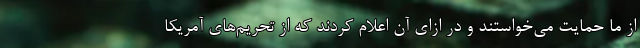
از ما حمایت می‌خواستند و در ازای آن اعلام کردند که از تحریم‌های آمریکا